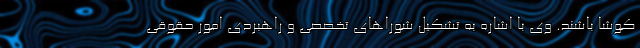
کوشا باشند. وی با اشاره به تشکیل شوراهای تخصصی و راهبردی امور حقوقی